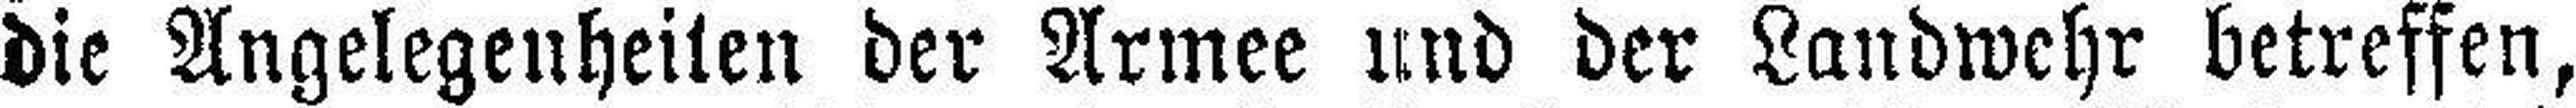
die Angelegenheiten der Armee und der Landwehr betreffen,